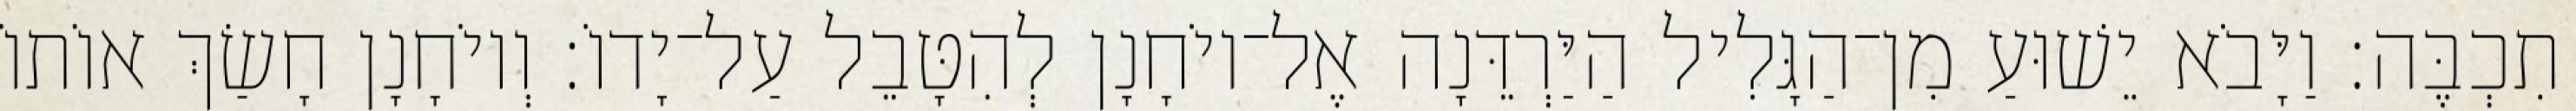
תִכְבֶּה׃ וַיָּבֹא יֵשׁוּעַ מִן־הַגָּלִיל הַיַּרְדֵּנָה אֶל־יוֹחָנָן לְהִטָּבֵל עַל־יָדוֹ׃ וְיוֹחָנָן חָשַׂךְ אוֹתוֹ